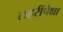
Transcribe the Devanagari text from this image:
लहरींपेक्षा